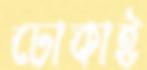
ঢোকাই